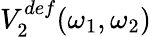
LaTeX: V_{2}^{def}(\omega_{1},\omega_{2})